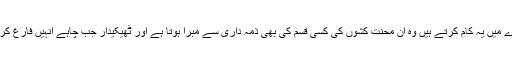
جس ادارے میں یہ کام کرتے ہیں وہ ان محنت کشوں کی کسی قسم کی بھی ذمہ داری سے مبرا ہوتا ہے اور ٹھیکیدار جب چاہے انہیں فارغ کرسکتا ہے۔